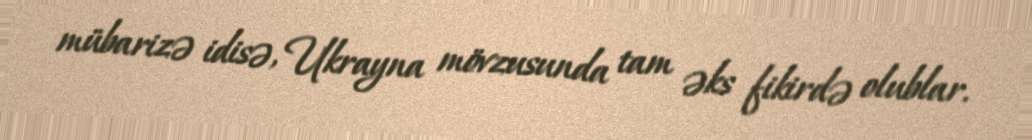
mübarizə idisə, Ukrayna mövzusunda tam əks fikirdə olublar.